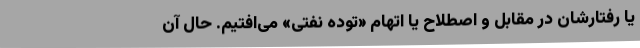
یا رفتارشان در مقابل و اصطلاح یا اتهام «توده نفتی» می‌افتیم. حال آن